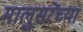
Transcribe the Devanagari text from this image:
मालुसरेंच्या